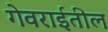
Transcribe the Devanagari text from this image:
गेवराईतील